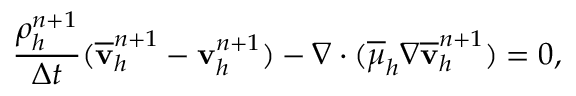
\frac { \rho _ { h } ^ { n + 1 } } { \Delta t } ( \overline { { \mathbf v } } _ { h } ^ { n + 1 } - \mathbf v _ { h } ^ { n + 1 } ) - \nabla \cdot ( \overline { { \mu } } _ { h } \nabla \overline { { \mathbf v } } _ { h } ^ { n + 1 } ) = \boldsymbol { 0 } ,